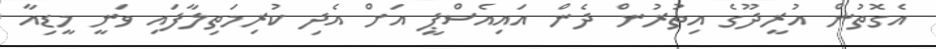
އެގޮތުން އުރީދޫގެ އިތުރުން ދެން އައިއެސްޕީ އަށް އެދި ކުރިމަތިލާފައި ވަނީ މީޑިއާ